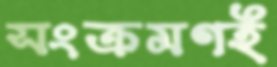
সংক্রমণই